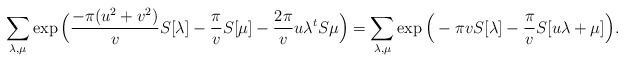
\begin{align*} \sum_{\lambda, \mu} \exp \Big( \frac{- \pi(u^2+v^2)}{v} S[\lambda] - \frac{\pi}{v} S[\mu] -\frac{2 \pi}{v} u\lambda^t S\mu \Big) = \sum_{\lambda, \mu} \exp \Big( - \pi v S[\lambda] - \frac{\pi}{v} S[u \lambda + \mu] \Big). \end{align*}